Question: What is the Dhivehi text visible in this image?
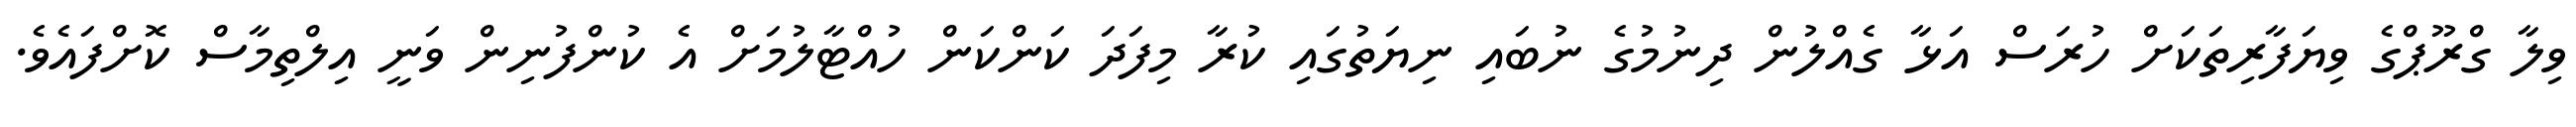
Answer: ވިލާ ގްރޫޕްގެ ވިޔަފާރިތަކަށް ހުރަސް އަޅާ ގެއްލުން ދިނުމުގެ ނުބައި ނިޔަތުގައި ކުރާ މިފަދަ ކަންކަން ހުއްޓާލުމަށް އެ ކުންފުނިން ވަނީ އިލްތިމާސް ކޮށްފައެވެ.